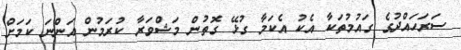
ސަރަހައްދުގެ ގައުމުތަކާ އެކު އެކަމާ ގުޅޭ ގޮތުން މަޝްވަރާ ކުރަމުން އަންނަ ކަމަށް